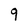
Character: 9